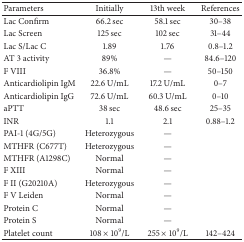
| Parameters | Initially | 13th week | References |
 | --- | --- | --- | --- |
 | Lac Confirm | 66.2 sec | 58.1 sec | 30–38 |
 | Lac Screen | 125 sec | 102 sec | 31–44 |
 | Lac S/Lac C | 1.89 | 1.76 | 0.8–1.2 |
 | AT 3 activity | 89% | — | 84.6–120 |
 | F VIII | 36.8% | — | 50–150 |
 | Anticardiolipin IgM | 22.6 U/mL | 17.2 U/mL | 0–7 |
 | Anticardiolipin IgG | 72.6 U/mL | 60.3 U/mL | 0–10 |
 | aPTT | 38 sec | 48.6 sec | 25–35 |
 | INR | 1.1 | 2.1 | 0.88–1.2 |
 | PAI-1 (4G/5G) | Heterozygous | — |  |
 | MTHFR (C677T) | Heterozygous | — |  |
 | MTHFR (A1298C) | Normal | — |  |
 | F XIII | Normal | — |  |
 | F II (G20210A) | Heterozygous | — |  |
 | F V Leiden | Normal | — |  |
 | Protein C | Normal | — |  |
 | Protein S | Normal | — |  |
 | Platelet count | 108 × 109/L | 255 × 109/L | 142–424 |